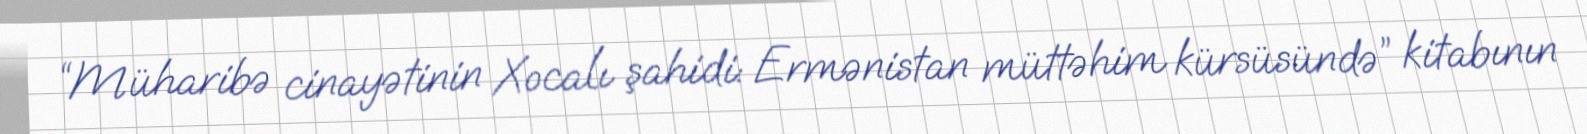
“Müharibə cinayətinin Xocalı şahidi: Ermənistan müttəhim kürsüsündə” kitabının